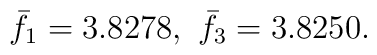
\bar{f}_{1}=3.8278, \ \bar{f}_{3}=3.8250.